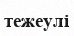
тежеулі